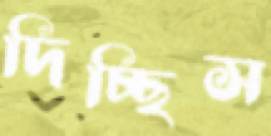
দিচ্ছিস